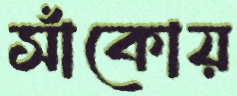
সাঁকোয়